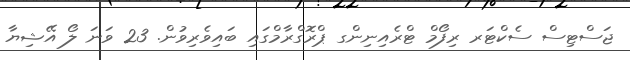
ޖަސްޓިސް ސެކްޓަރ ރިފޯމް ޓްރެއިނިންގ ޕްރޮގްރާމްގައި ބައިވެރިވުން. 23 ވަނަ ލޯ އޭޝިޔާ